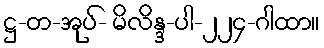
ဋ္ဌ-တ-အုပ်- မိလိန္ဒ-ပါ-၂၂၄-ဂါထာ။